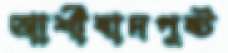
আর্শীবাদপুষ্ট